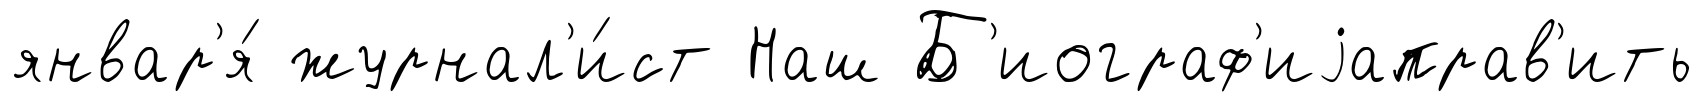
январ'я́ журнал'и́ст Наш Б'иограф'иjаправ'ить